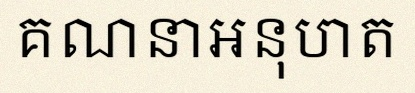
គណនាអនុបាត